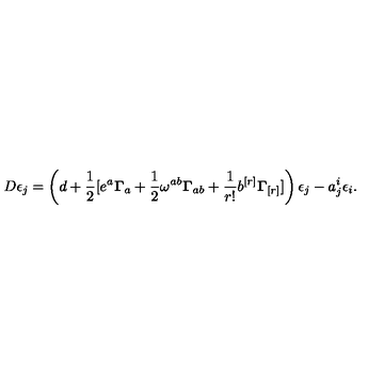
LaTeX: D \epsilon _ { j } = \left( d + \frac { 1 } { 2 } [ e ^ { a } { \bf \Gamma } _ { a } + \frac { 1 } { 2 } \omega ^ { a b } { \bf \Gamma } _ { a b } + \frac { 1 } { r ! } b ^ { [ r ] } { \bf \Gamma } _ { [ r ] } ] \right) \epsilon _ { j } - a _ { j } ^ { i } \epsilon _ { i } .